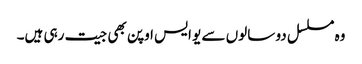
وہ مسلسل دو سالوں سے یو ایس اوپن بھی جیت رہی ہیں۔